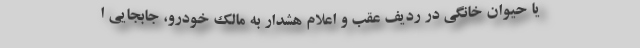
یا حیوان خانگی در ردیف عقب و اعلام هشدار به مالک خودرو، جابجایی ا